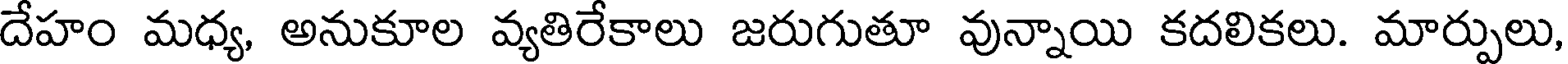
దేహం మధ్య, అనుకూల వ్యతిరేకాలు జరుగుతూ వున్నాయి కదలికలు. మార్పులు